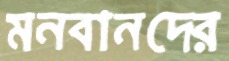
মনবানদের